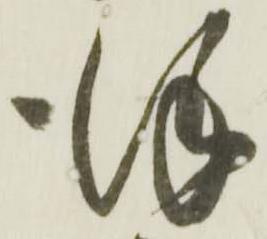
謹